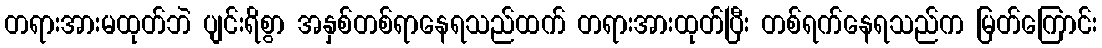
တရားအားမထုတ်ဘဲ ပျင်းရိစွာ အနှစ်တစ်ရာနေရသည်ထက် တရားအားထုတ်ပြီး တစ်ရက်နေရသည်က မြတ်ကြောင်း